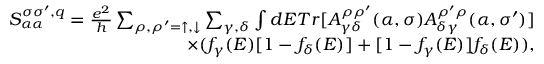
\begin{array} { r } { S _ { \alpha \alpha } ^ { \sigma \sigma ^ { \prime } , q } = \frac { e ^ { 2 } } { h } \sum _ { \rho , \rho ^ { \prime } = \uparrow , \downarrow } \sum _ { \gamma , \delta } \int d E T r [ A _ { \gamma \delta } ^ { \rho \rho ^ { \prime } } ( \alpha , \sigma ) A _ { \delta \gamma } ^ { \rho ^ { \prime } \rho } ( \alpha , \sigma ^ { \prime } ) ] } \\ { \times ( f _ { \gamma } ( E ) [ 1 - f _ { \delta } ( E ) ] + [ 1 - f _ { \gamma } ( E ) ] f _ { \delta } ( E ) ) , } \end{array}